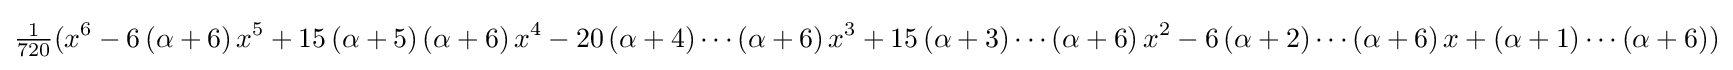
{\tfrac {1}{720}}(x^{6}-6\left(\alpha +6\right)x^{5}+15\left(\alpha +5\right)\left(\alpha +6\right)x^{4}-20\left(\alpha +4\right)\cdots \left(\alpha +6\right)x^{3}+15\left(\alpha +3\right)\cdots \left(\alpha +6\right)x^{2}-6\left(\alpha +2\right)\cdots \left(\alpha +6\right)x+\left(\alpha +1\right)\cdots \left(\alpha +6\right))